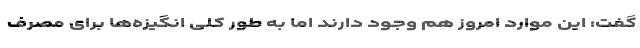
گفت: این موارد امروز هم وجود دارند اما به طور کلی انگیزه‌ها برای مصرف